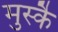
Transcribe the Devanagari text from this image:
मुस्कै